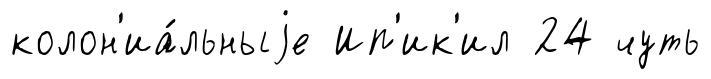
колон'иа́льныjе Ип'ик'ил 24 чуть